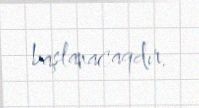
başlanacaqdır.